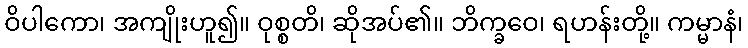
ဝိပါကော၊ အကျိုးဟူ၍။ ဝုစ္စတိ၊ ဆိုအပ်၏။ ဘိက္ခဝေ၊ ရဟန်းတို့။ ကမ္မာနံ၊